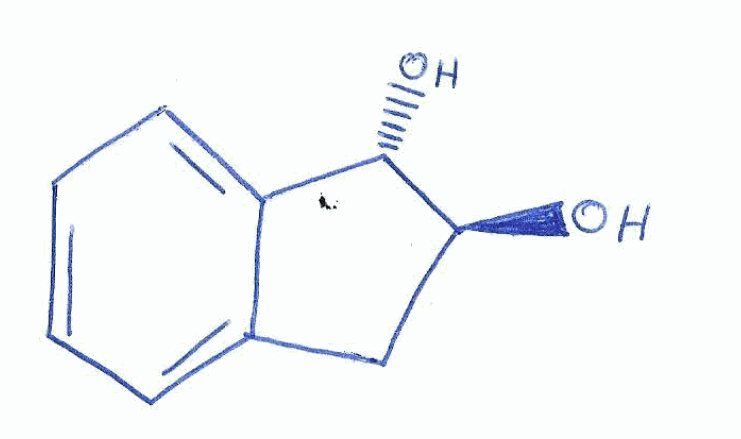
Simplified molecular-input line-entry system (SMILES) notation of the given molecule:
C1[C@@H]([C@H](C2=CC=CC=C21)O)O